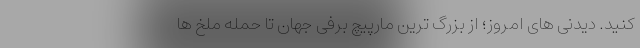
کنید. دیدنی های امروز؛ از بزرگ ترین مارپیچ برفی جهان تا حمله ملخ ها